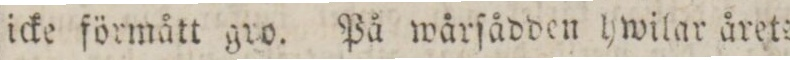
icke förmått gro. På wårſåddden hwilar årets